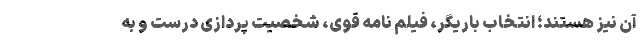
آن نیز هستند؛ انتخاب باریگر، فیلم نامه قوی، شخصیت پردازی درست و به